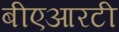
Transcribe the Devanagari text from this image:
बीएआरटी